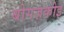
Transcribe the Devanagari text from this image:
बोगज़कोइ